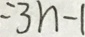
= 3 n - 1